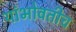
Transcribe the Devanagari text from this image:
यांभोवतीच